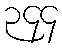
၃၄၄